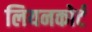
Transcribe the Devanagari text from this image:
लियनकोर्ट